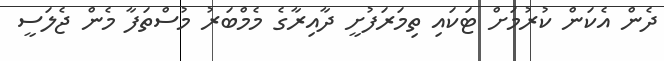
ދެން އެކަން ކުރުމަށް ޓަކައި ތިމަރަފުށީ ދާއިރާގެ މެމްބަރު މުސްތަފާ މެން ޖެލަސީ